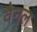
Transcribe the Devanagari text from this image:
वैनल